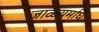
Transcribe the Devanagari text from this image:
जाळ्यमघि